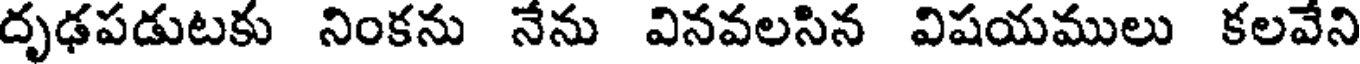
దృఢపడుటకు నింకను నేను వినవలసిన విషయములు కలవేని